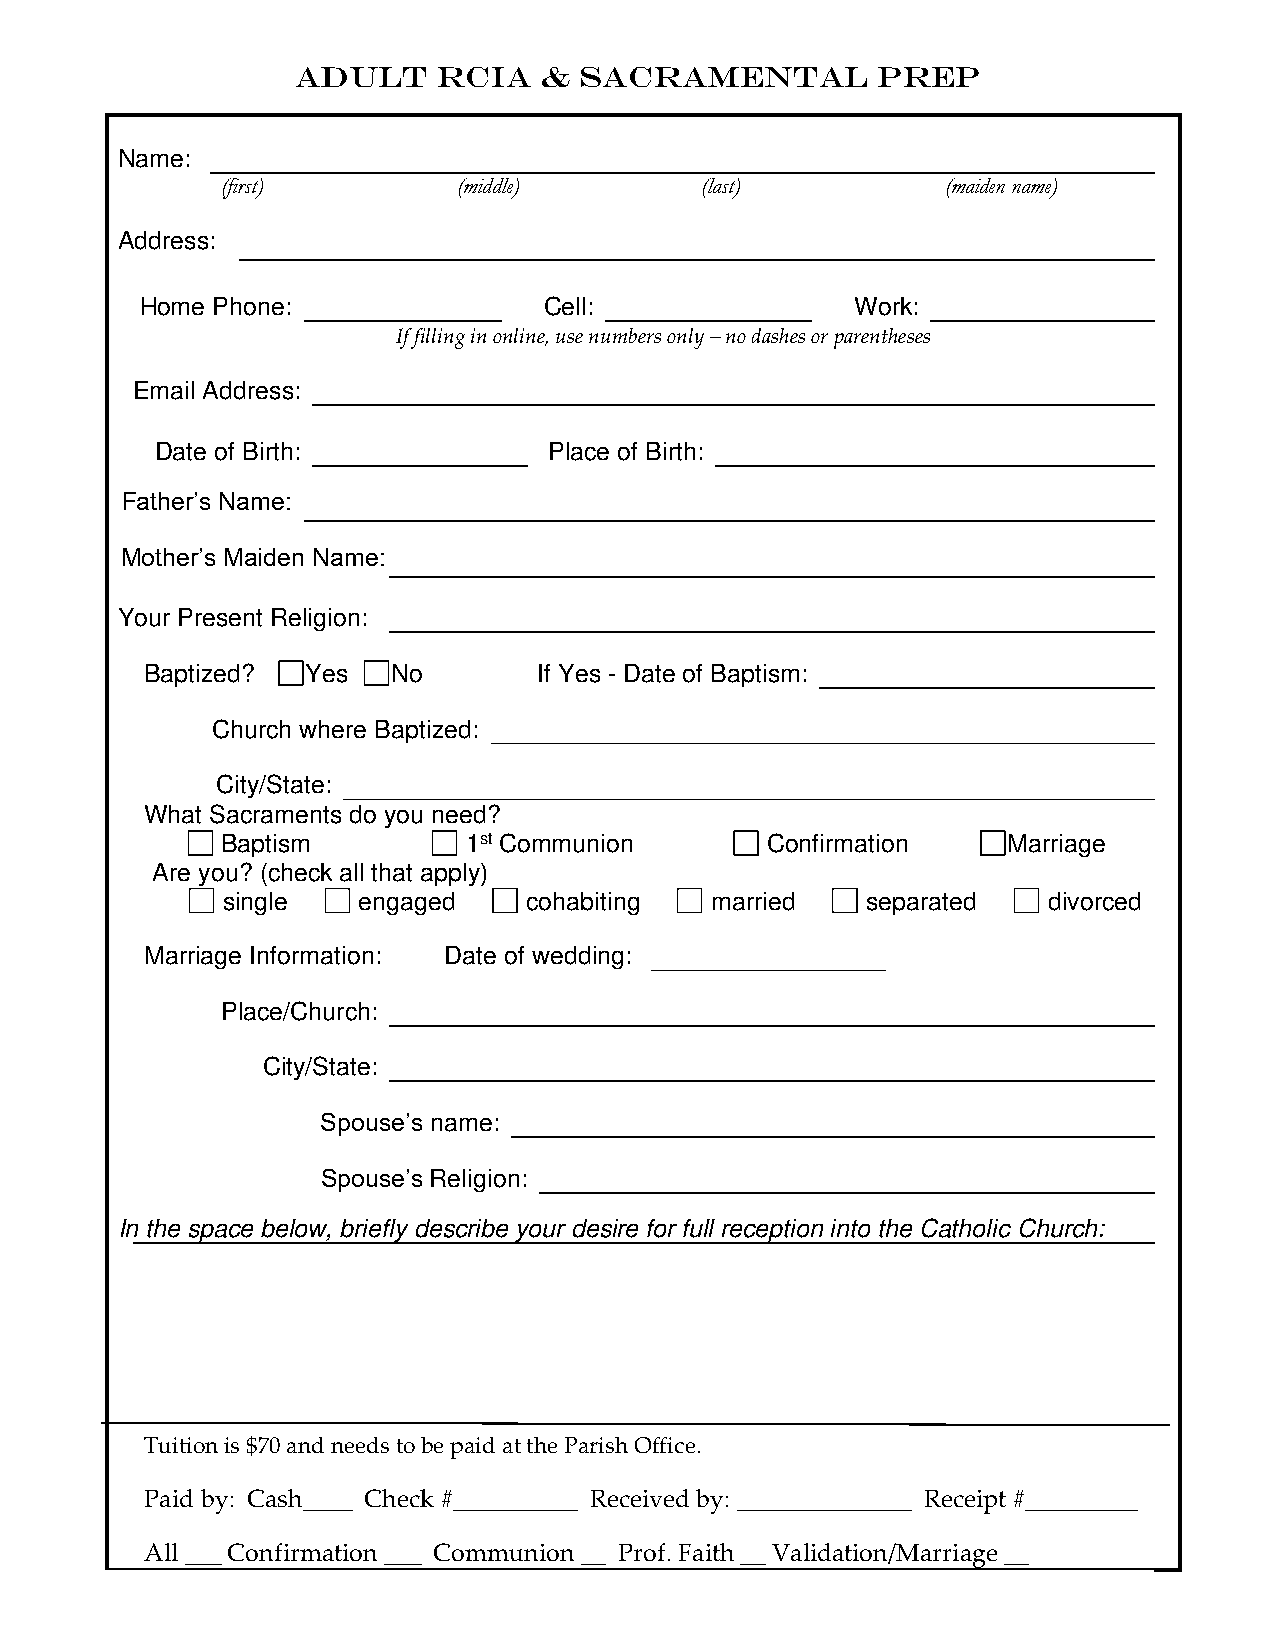
Adult    RCIA   & Sacramental         Prep
 Name:
 (first)        (middle)        (last)           (maiden name)
 Address:
 Home Phone:                Cell:                Work:
 If filling in online, use numbers only – no dashes or parentheses
 Email Address:
 Date of Birth:            Place of Birth:
 Father’s Name:
 Mother’s Maiden Name:
 Your Present Religion:
 Baptized? Yes   No        If Yes - Date of Baptism:
 Church where Baptized:
 City/State:
 What Sacraments do you need?
 Baptism         1st Communion       Confirmation    Marriage
 Are you? (check all that apply)
 single   engaged    cohabiting  married   separated   divorced
 Marriage Information: Date of wedding:
 Place/Church:
 City/State:
 Spouse’s name:
 Spouse’s Religion:
 In the space below, briefly describe your desire for full reception into the Catholic Church:
 Tuition is $70 and needs to be paid at the Parish Office.
 Paid by: Cash____ Check #__________ Received by: ______________ Receipt #_________
 All ___ Confirmation ___ Communion __ Prof. Faith __ Validation/Marriage __